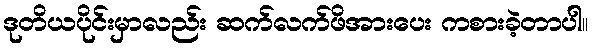
ဒုတိယပိုင်းမှာလည်း ဆက်လက်ဖိအားပေး ကစားခဲ့တာပါ။